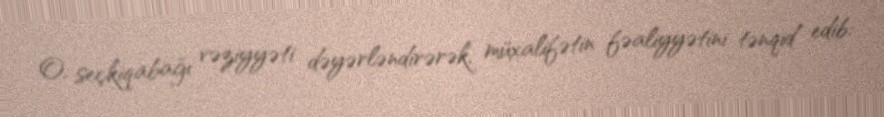
O, seçkiqabağı vəziyyəti dəyərləndirərək, müxalifətin fəaliyyətini tənqid edib: